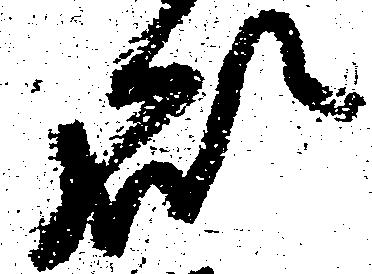
処